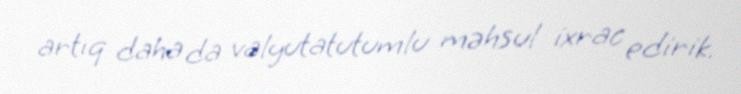
artıq daha da valyutatutumlu məhsul ixrac edirik.